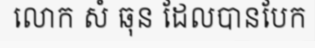
លោក សំ ឆុន ដែលបានបែក